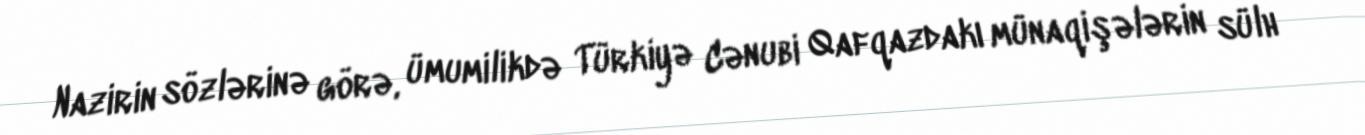
Nazirin sözlərinə görə, ümumilikdə Türkiyə Cənubi Qafqazdakı münaqişələrin sülh